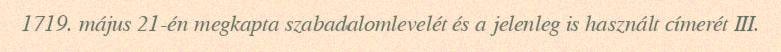
1719. május 21-én megkapta szabadalomlevelét és a jelenleg is használt címerét III.